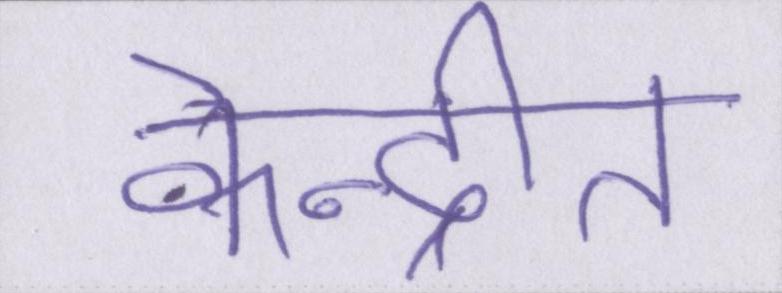
केन्द्रीत